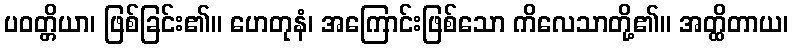
ပဝတ္တိယာ၊ ဖြစ်ခြင်း၏။ ဟေတုနံ၊ အကြောင်းဖြစ်သော ကိလေသာတို့၏။ အတ္ထိတာယ၊